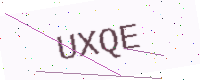
Text: UXQE